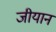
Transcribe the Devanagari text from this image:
जीयान